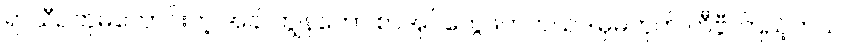
ရာသီဥတုမကောင်းတဲ့ အခါ ကျွန်တော် စာအုပ်တွေဖတ်တယ်ဒါမှမဟုတ် တီဗွီ ကြည့်တယ်။